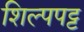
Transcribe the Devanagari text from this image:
शिल्पपट्ट